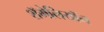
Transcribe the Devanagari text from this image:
शॅमेलियॉन